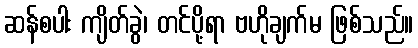
ဆန်စပါး ကျိတ်ခွဲ၊ တင်ပို့ရာ ဗဟိုချက်မ ဖြစ်သည်။